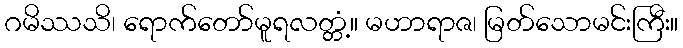
ဂမိဿသိ၊ ရောက်တော်မူရလတ္တံ့။ မဟာရာဇ၊ မြတ်သောမင်းကြီး။